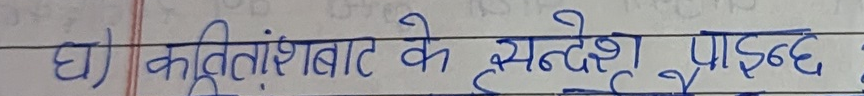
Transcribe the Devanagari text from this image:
घ) कृषांतबाट के संदेश पाइन्छ ?